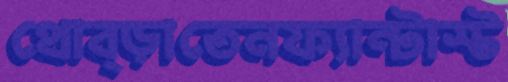
থোব্‌ড়াতেনফ্যান্টাস্ট